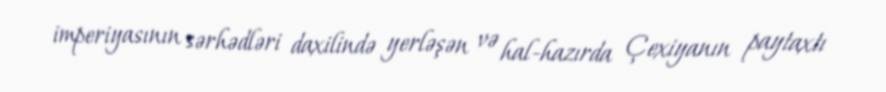
imperiyasının sərhədləri daxilində yerləşən və hal-hazırda Çexiyanın paytaxtı